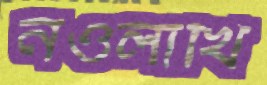
নওলাখি